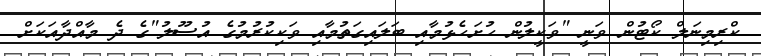
ކްރިމިނަލް ކޯޓުން ވަނީ "ވަކީލުން ހުށަހެޅުމާއި ބަލައިގަތުމާއި ވަކިކުރުމުގެ އުސޫލު"ގެ ދެ މާއްދާއަކަށް